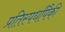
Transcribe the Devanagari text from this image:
प्रतिस्पर्धांपैकी